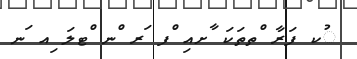
ުކ ފަރާ ްތތަކަ ާށއި ްފ ަރ ްނ ްޓލަ ިއ ަނ